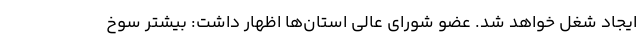
ایجاد شغل خواهد شد. عضو شورای عالی استان‌ها اظهار داشت: بیشتر سوخ